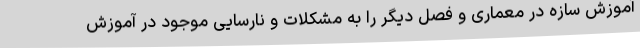
آموزش سازه در معماری و فصل دیگر را به مشکلات و نارسایی موجود در آموزش